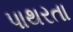
પાથરતા